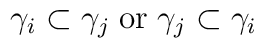
\gamma_i\subset\gamma_j \;\mbox{or}\; \gamma_j\subset\gamma_i